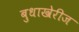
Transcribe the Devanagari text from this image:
बुधाखेरीज